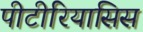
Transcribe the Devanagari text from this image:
पीटीरियासिस